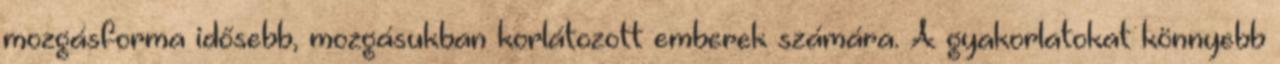
mozgásforma idősebb, mozgásukban korlátozott emberek számára. A gyakorlatokat könnyebb